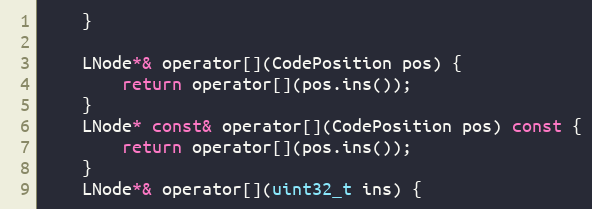
Language: C
    }

    LNode*& operator[](CodePosition pos) {
        return operator[](pos.ins());
    }
    LNode* const& operator[](CodePosition pos) const {
        return operator[](pos.ins());
    }
    LNode*& operator[](uint32_t ins) {